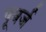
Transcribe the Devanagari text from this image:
पूवर्ज